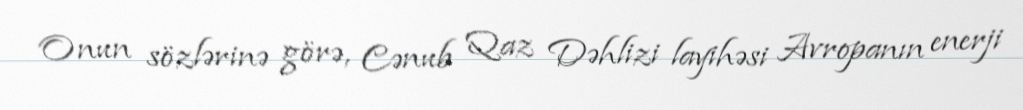
Onun sözlərinə görə, Cənub Qaz Dəhlizi layihəsi Avropanın enerji